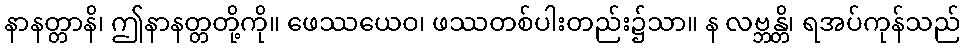
နာနတ္တာနိ၊ ဤနာနတ္တတို့ကို။ ဖေဿယေဝ၊ ဖဿတစ်ပါးတည်း၌သာ။ န လဗ္ဘန္တိ၊ ရအပ်ကုန်သည်